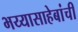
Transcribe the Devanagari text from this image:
भय्यासाहेबांची